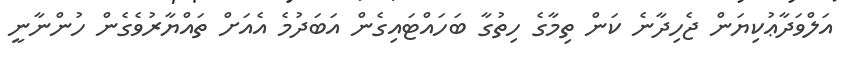
އަލްވަދާޢުކިޔަން ޖެހިދާނެ ކަން ތިމާގެ ހިތުގާ ބަހައްޓައިގެން އަބަދުމެ އެއަށް ތައްޔާރުވެގެން ހުންނާނީ